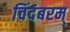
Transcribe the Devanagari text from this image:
चिंदंबरम्